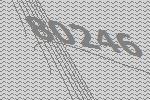
80246